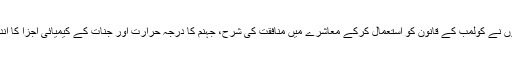
کچھ اور لوگوں نے کولمب کے قانون کو استعمال کرکے معاشرے میں منافقت کی شرح، جہنم کا درجہِ حرارت اور جنات کے کیمیائی اجزا کا اندازہ لگایا ہے۔